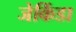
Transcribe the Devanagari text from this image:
जेकिंडा